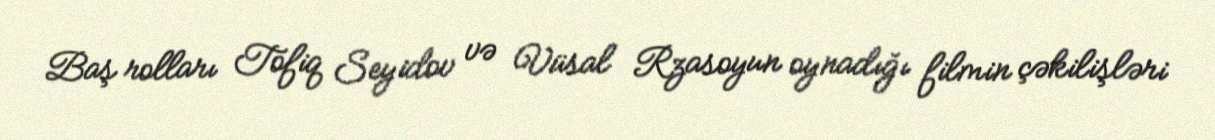
Baş rolları Tofiq Seyidov və Vüsal Rzasoyun oynadığı filmin çəkilişləri